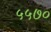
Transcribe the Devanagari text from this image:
५५७०